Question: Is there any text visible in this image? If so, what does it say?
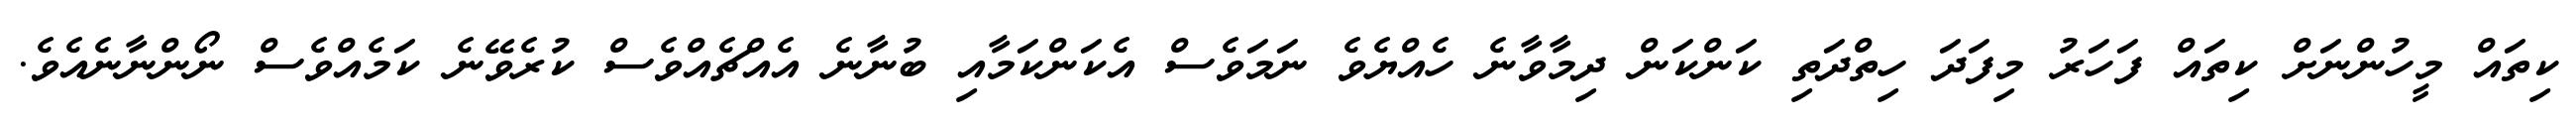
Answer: ކިތައް މީހުންނަށް ކިތައް ފަހަރު މިފަދަ ހިތްދަތި ކަންކަން ދިމާވާނެ ހެއްޔެވެ ނަމަވެސް އެކަންކަމާއި ބުނާނެ އެއްޗެއްވެސް ކުރެވޭނެ ކަމެއްވެސް ނޯންނާނެއެވެ.